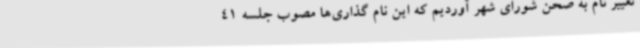
تغییر نام به صحن شورای شهر آوردیم که این نام گذاری‌ها مصوب جلسه 41